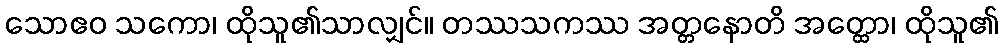
သောဧဝ သကော၊ ထိုသူ၏သာလျှင်။ တဿသကဿ အတ္တနောတိ အတ္ထော၊ ထိုသူ၏